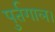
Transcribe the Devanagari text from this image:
पुर्तगाल।